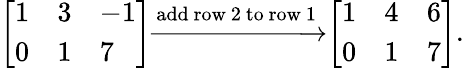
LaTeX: {\left[\begin{array}{lll}{1}&{3}&{-1}\\ {0}&{1}&{7}\end{array}\right]}{\xrightarrow{\mathrm{add~row~2~to~row~1}}}{\left[\begin{array}{lll}{1}&{4}&{6}\\ {0}&{1}&{7}\end{array}\right]}.